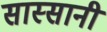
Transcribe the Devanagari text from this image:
सास्सानी